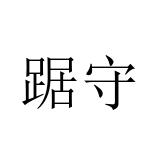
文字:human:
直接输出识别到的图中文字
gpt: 踞守